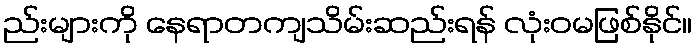
ည်းများကို နေရာတကျသိမ်းဆည်းရန် လုံးဝမဖြစ်နိုင်။